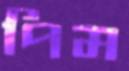
পিম